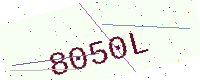
Text: 8050L